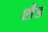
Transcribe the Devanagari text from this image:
शैड